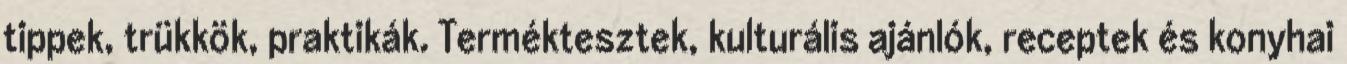
tippek, trükkök, praktikák. Terméktesztek, kulturális ajánlók, receptek és konyhai